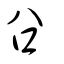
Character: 𧮲